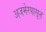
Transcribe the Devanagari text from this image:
अजमेरपासून